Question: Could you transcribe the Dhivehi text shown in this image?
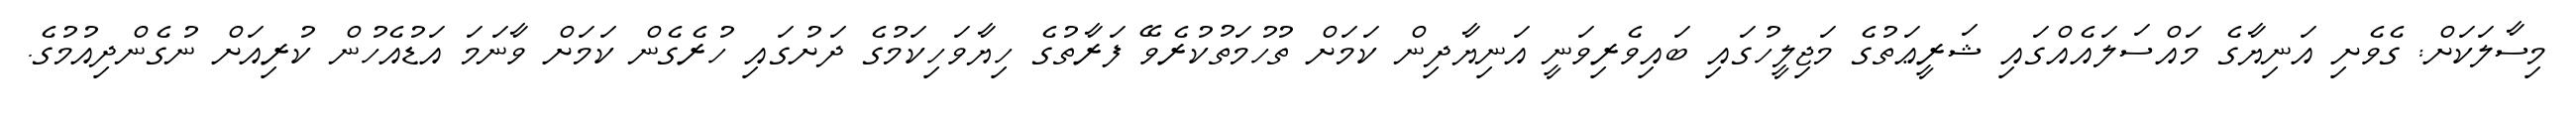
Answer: މިސާލަކަށް: ގެވެށި އަނިޔާގެ މައްސަލައެއްގައި ޝަރީޢަތުގެ މަޖިލީހުގައި ބައިވެރިވަނީ އަނިޔާދިން ކަމަށް ތުހުމަތުކުރެވޭ ފަރާތުގެ ހިޔާވަހިކަމުގެ ދަށުގައި ހުރެގެން ކަމަށް ވާނަމަ އަޑުއެހުން ކުރިއަށް ނުގެންދިއުމުގެ.